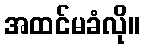
အထင်မခံလို။